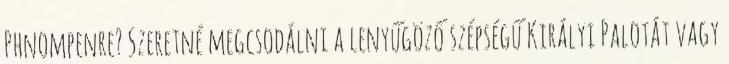
Phnompenre? Szeretné megcsodálni a lenyűgöző szépségű Királyi Palotát vagy